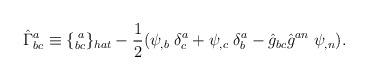
LaTeX: \begin{align*}\hat\Gamma^a_{bc}\equiv\{^{\;a}_{bc}\}_{hat}-\frac{1}{2}(\psi_{,b}\;\delta^a_c+\psi_{,c}\;\delta^a_b-\hat g_{bc}\hat g^{an}\;\psi_{,n}).\end{align*}